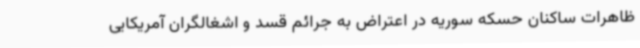
ظاهرات ساکنان حسکه سوریه در اعتراض به جرائم قسد و اشغالگران آمریکایی